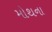
મોથના